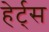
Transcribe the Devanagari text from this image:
हेर्ट्‌स